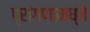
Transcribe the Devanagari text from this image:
प्रांगणामध्ये